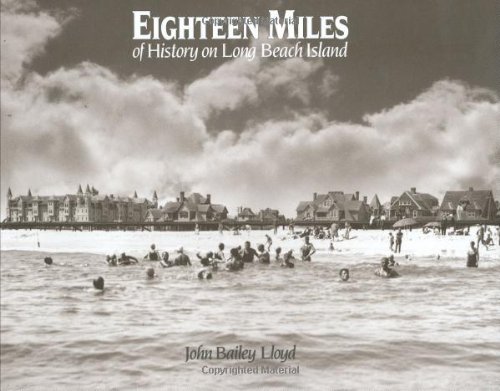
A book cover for Eighteen Miles of History on Long Beach Island; John Bailey Lloyd; Travel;